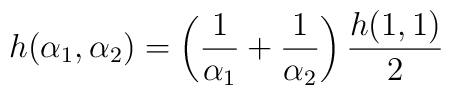
h(\alpha_1, \alpha_2) = \left(\frac{1}{\alpha_1}+\frac{1}{\alpha_2}\right)\frac{h(1,1)}{2}